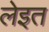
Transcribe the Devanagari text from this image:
लेइत